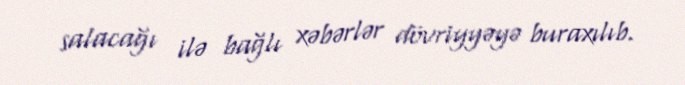
salacağı ilə bağlı xəbərlər dövriyyəyə buraxılıb.